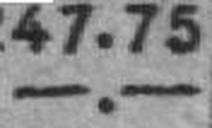
—.—